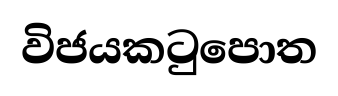
විජයකටුපොත